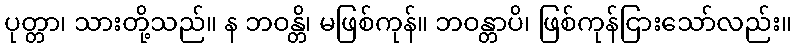
ပုတ္တာ၊ သားတို့သည်။ န ဘဝန္တိ၊ မဖြစ်ကုန်။ ဘဝန္တာပိ၊ ဖြစ်ကုန်ငြားသော်လည်း။